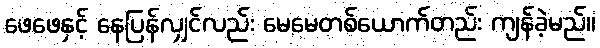
ဖေဖေနှင့် နေပြန်လျှင်လည်း မေမေတစ်ယောက်တည်း ကျန်ခဲ့မည်။